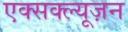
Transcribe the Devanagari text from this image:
एक्सक्ल्यूज़न